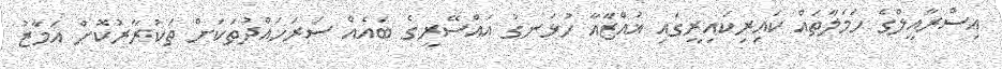
އިސްރާއީލްގެ ހަމަލާތައް ކައިރިކައިރީގައި ޣައްޒާއާ ހުޅަނގު އައްސޭރީގެ ބައެއް ސަރަހައްދުތަކަށް ތަކުރާރުކޮށް އަމާޒު